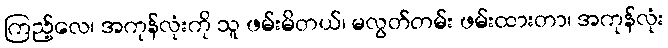
ကြည့်လေ၊ အကုန်လုံးကို သူ ဖမ်းမိတယ်၊ မလွတ်တမ်း ဖမ်းထားတာ၊ အကုန်လုံး